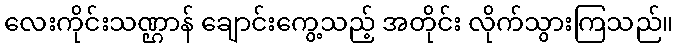
လေးကိုင်းသဏ္ဌာန် ချောင်းကွေ့သည့် အတိုင်း လိုက်သွားကြသည်။